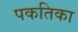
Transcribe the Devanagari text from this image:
पकतिका